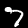
Digit: 7